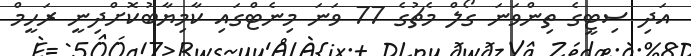
އަދި ސިޓީގެ ތިންވަނަ ގޯލް މެޗުގެ 77 ވަނަ މިނެޓްގައި ކާމިޔާބުކޮށްދިނީ ރަހީމް